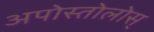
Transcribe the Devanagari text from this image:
अपोस्तोलोस्